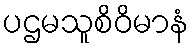
ပဌမသူစိဝိမာနံ